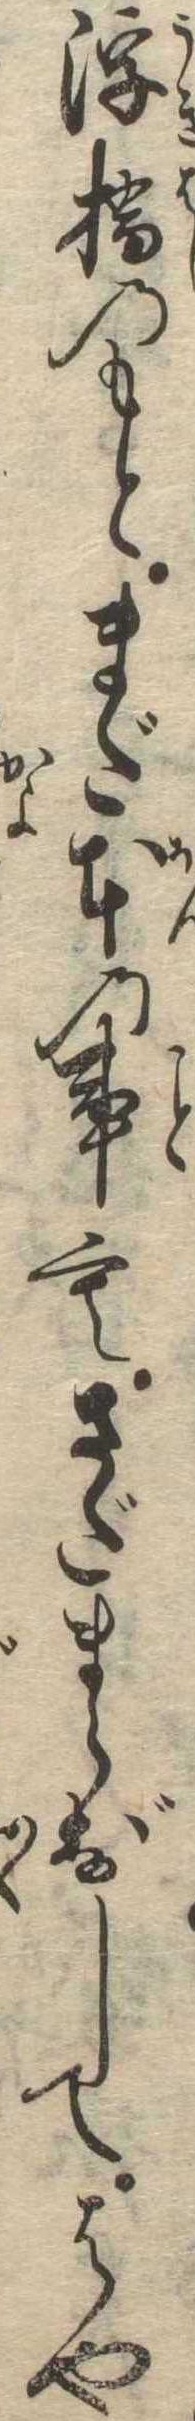
浮橋のもとまだ本の事もさだまらずしてはや